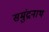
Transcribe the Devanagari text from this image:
समुंद्रनाथ